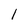
Character: 1